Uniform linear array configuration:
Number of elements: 8
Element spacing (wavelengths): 0.25
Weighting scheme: cosine
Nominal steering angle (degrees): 30
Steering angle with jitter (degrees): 30.061
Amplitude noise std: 0.05
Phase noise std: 0.05

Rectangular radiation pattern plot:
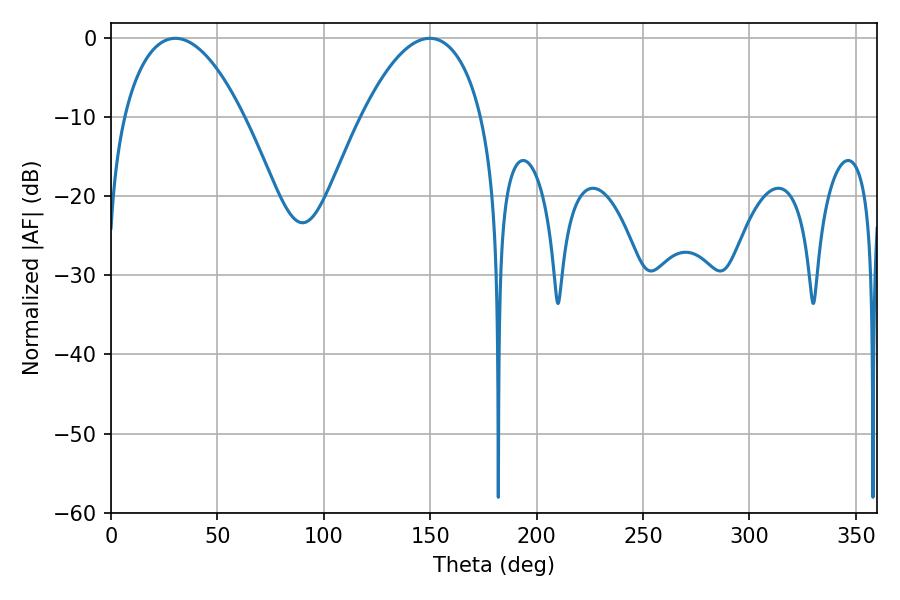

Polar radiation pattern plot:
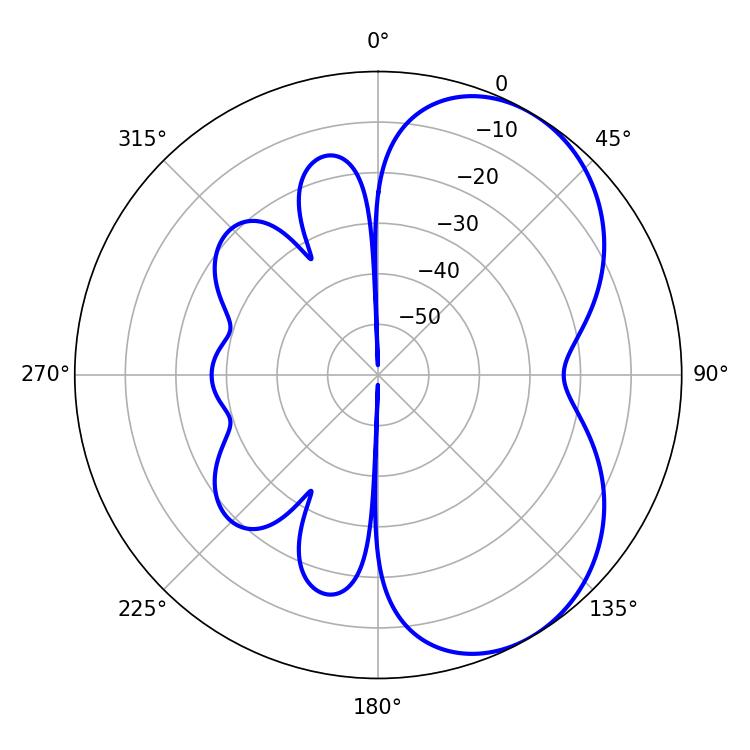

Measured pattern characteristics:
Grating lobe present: FALSE
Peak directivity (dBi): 5.174
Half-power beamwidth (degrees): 31.32
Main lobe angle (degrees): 30.24